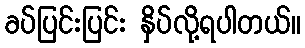
ခပ်ပြင်းပြင်း နှိပ်လို့ရပါတယ်။